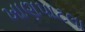
ખાણપાટલા